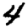
Digit: 4